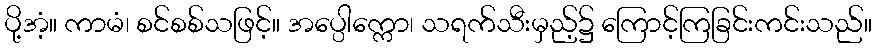
ပို့အံ့။ ကာမံ၊ စင်စစ်သဖြင့်။ အပ္ပေါက္ကော၊ သရက်သီးမှည့်၌ ကြောင့်ကြခြင်းကင်းသည်။